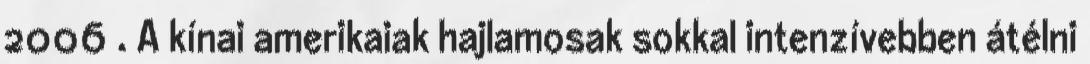
2006 . A kínai amerikaiak hajlamosak sokkal intenzívebben átélni